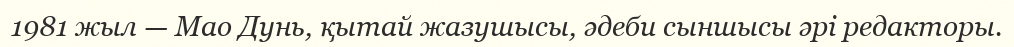
1981 жыл — Мао Дунь, қытай жазушысы, әдеби сыншысы әрі редакторы.